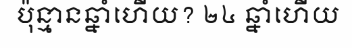
ប៉ុន្មានឆ្នាំហើយ? ២៤ ឆ្នាំហើយ